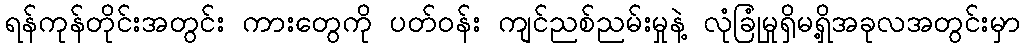
ရန်ကုန်တိုင်းအတွင်း ကားတွေကို ပတ်ဝန်း ကျင်ညစ်ညမ်းမှုနဲ့ လုံခြုံမှုရှိမရှိ့အခုလအတွင်းမှာ